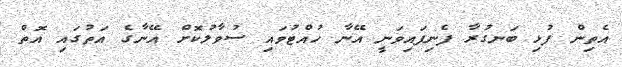
އެތިން ފުޅި ބަނގުރާ ފެނިފައިވަނީ އޭނާ ހުއްޓުވައި ސުވާލުކޮށް އޭނާގެ އަތުގައި އޮތް